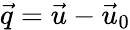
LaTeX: \vec{q}=\vec{u}-\vec{u}_{0}